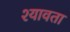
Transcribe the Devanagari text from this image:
श्यावता